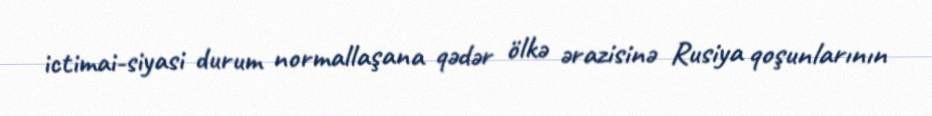
ictimai-siyasi durum normallaşana qədər ölkə ərazisinə Rusiya qoşunlarının